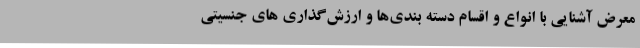
معرض آشنایی با انواع و اقسام دسته بندی‌ها و ارزش‌گذاری های جنسیتی